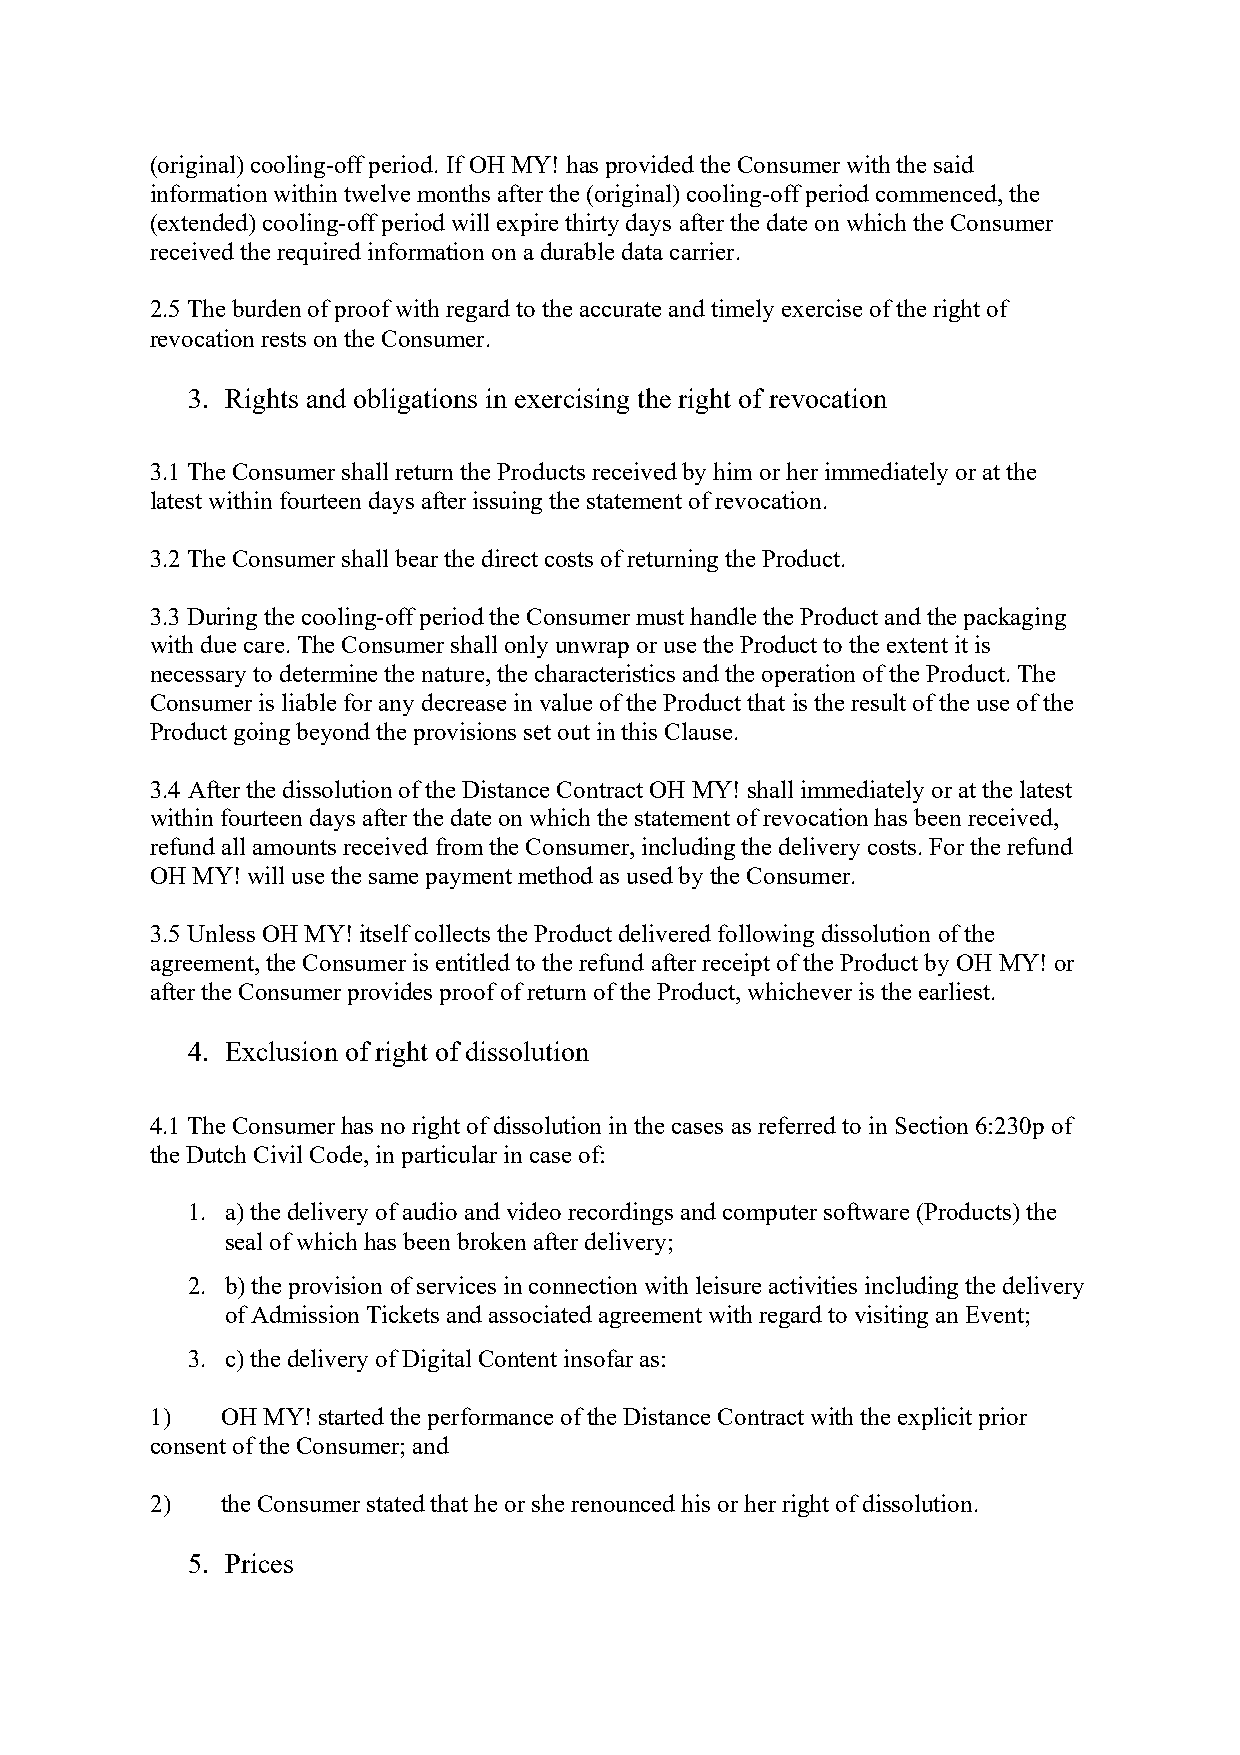
(original) cooling-off period. If OH MY! has provided the Consumer with the said
 information within twelve months after the (original) cooling-off period commenced, the
 (extended) cooling-off period will expire thirty days after the date on which the Consumer
 received the required information on a durable data carrier.
 2.5 The burden of proof with regard to the accurate and timely exercise of the right of
 revocation rests on the Consumer.
 3. Rights and obligations in exercising the right of revocation
 3.1 The Consumer shall return the Products received by him or her immediately or at the
 latest within fourteen days after issuing the statement of revocation.
 3.2 The Consumer shall bear the direct costs of returning the Product.
 3.3 During the cooling-off period the Consumer must handle the Product and the packaging
 with due care. The Consumer shall only unwrap or use the Product to the extent it is
 necessary to determine the nature, the characteristics and the operation of the Product. The
 Consumer is liable for any decrease in value of the Product that is the result of the use of the
 Product going beyond the provisions set out in this Clause.
 3.4 After the dissolution of the Distance Contract OH MY! shall immediately or at the latest
 within fourteen days after the date on which the statement of revocation has been received,
 refund all amounts received from the Consumer, including the delivery costs. For the refund
 OH MY! will use the same payment method as used by the Consumer.
 3.5 Unless OH MY! itself collects the Product delivered following dissolution of the
 agreement, the Consumer is entitled to the refund after receipt of the Product by OH MY! or
 after the Consumer provides proof of return of the Product, whichever is the earliest.
 4. Exclusion of right of dissolution
 4.1 The Consumer has no right of dissolution in the cases as referred to in Section 6:230p of
 the Dutch Civil Code, in particular in case of:
 1. a) the delivery of audio and video recordings and computer software (Products) the
 seal of which has been broken after delivery;
 2. b) the provision of services in connection with leisure activities including the delivery
 of Admission Tickets and associated agreement with regard to visiting an Event;
 3. c) the delivery of Digital Content insofar as:
 1)   OH MY! started the performance of the Distance Contract with the explicit prior
 consent of the Consumer; and
 2)   the Consumer stated that he or she renounced his or her right of dissolution.
 5. Prices